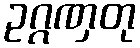
ဥဂ္ဂဏှတု